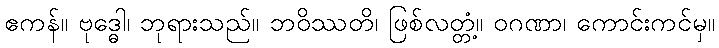
ဧကန်။ ဗုဒ္ဓေါ၊ ဘုရားသည်။ ဘဝိဿတိ၊ ဖြစ်လတ္တံ့။ ဝဂဏာ၊ ကောင်းကင်မှ။